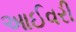
આઈવરી